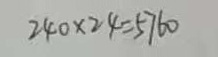
2 4 0 \times 2 4 = 5 7 6 0